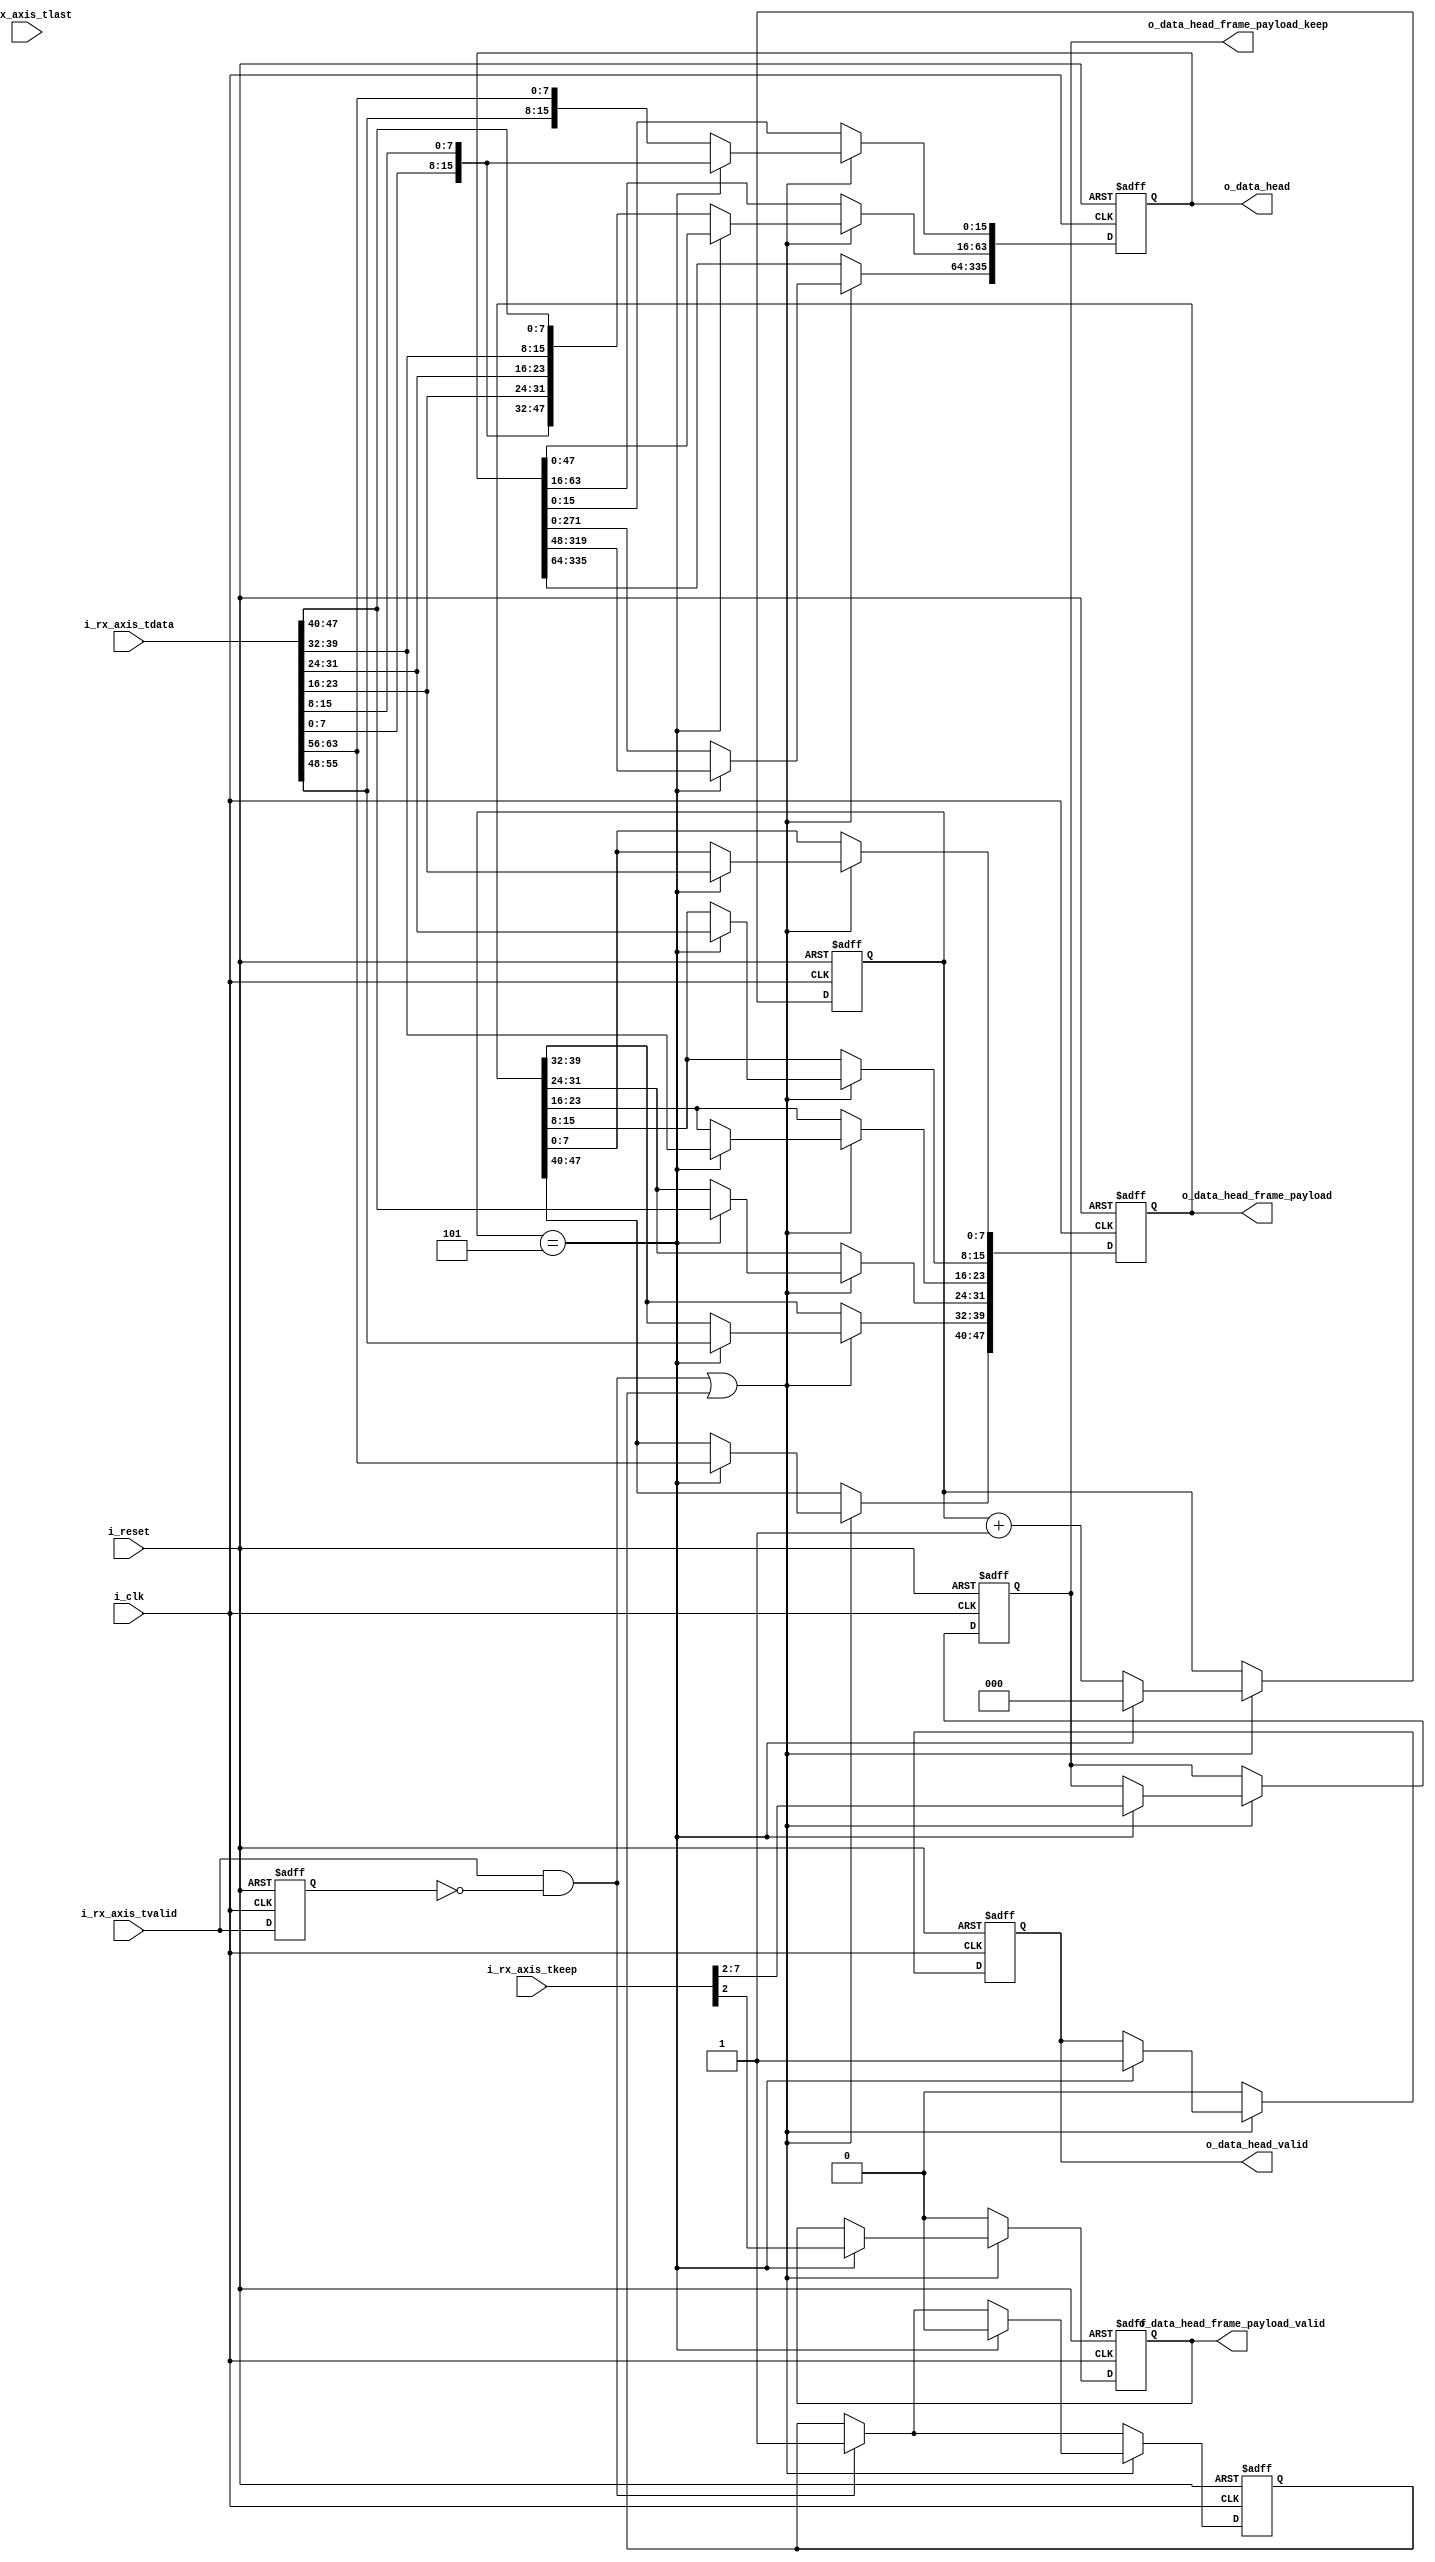
module ethernet_header_receiver(
	input 					i_clk,
	input 					i_reset,
	
	input					i_rx_axis_tvalid,
	input		[63:0] 		i_rx_axis_tdata,
	input					i_rx_axis_tlast, 
	input		[7:0] 		i_rx_axis_tkeep, 
	
	output reg 	[42*8-1:0]	o_data_head,
	output reg 				o_data_head_valid,
	output reg 				o_data_head_frame_payload_valid,
	output reg 	[6*8-1:0]	o_data_head_frame_payload,
	output reg 	[5:0]		o_data_head_frame_payload_keep
);
	reg enable;
	reg rx_axis_tvalid_prev;
	wire rx_axis_tvalid_posedge = i_rx_axis_tvalid && ~rx_axis_tvalid_prev;
	
	reg [2:0] head_counter;
	
	initial begin
		enable				<= 0;
		rx_axis_tvalid_prev	<= 0;
		
		head_counter 					<= 0;
		o_data_head 					<= 0;
		o_data_head_valid 				<= 0;
		o_data_head_frame_payload_valid	<= 0;
		o_data_head_frame_payload		<= 0;
		o_data_head_frame_payload_keep	<= 0;
	end
	
	always @(posedge i_clk, posedge i_reset) begin
		if (i_reset) begin
			enable				<= 0;
			rx_axis_tvalid_prev	<= 0;
			
			head_counter 					<= 0;
			o_data_head 					<= 0;
			o_data_head_valid 				<= 0;
			o_data_head_frame_payload_valid	<= 0;
			o_data_head_frame_payload		<= 0;
			o_data_head_frame_payload_keep	<= 0;
		end else begin
			rx_axis_tvalid_prev <= i_rx_axis_tvalid;
			enable 				<= rx_axis_tvalid_posedge ? 1: enable;
			
			if (rx_axis_tvalid_posedge || enable) begin
				if (head_counter == 3'b101) begin
					head_counter 						<= 0;
					
					enable								<= 0;
					
					o_data_head 						<= o_data_head << 2*8;
					o_data_head[2*8-1:0]				<= {i_rx_axis_tdata[1*8-1:0], 
															i_rx_axis_tdata[2*8-1:1*8]};
					
					o_data_head_valid <= 1;
					
					o_data_head_frame_payload_valid			<= i_rx_axis_tkeep[2];
					o_data_head_frame_payload_keep 			<= i_rx_axis_tkeep[7:2];
					o_data_head_frame_payload[1*8-1:0] 		<= i_rx_axis_tdata[3*8-1:2*8];
					o_data_head_frame_payload[2*8-1:1*8] 	<= i_rx_axis_tdata[4*8-1:3*8];
					o_data_head_frame_payload[3*8-1:2*8] 	<= i_rx_axis_tdata[5*8-1:4*8];
					o_data_head_frame_payload[4*8-1:3*8] 	<= i_rx_axis_tdata[6*8-1:5*8];
					o_data_head_frame_payload[5*8-1:4*8] 	<= i_rx_axis_tdata[7*8-1:6*8];
					o_data_head_frame_payload[6*8-1:5*8] 	<= i_rx_axis_tdata[8*8-1:7*8];
				end else begin
					o_data_head 			<= o_data_head << 8*8;
					o_data_head[8*8-1:0] 	<= {i_rx_axis_tdata[1*8-1:0], 	
												i_rx_axis_tdata[2*8-1:1*8], 
												i_rx_axis_tdata[3*8-1:2*8], 
												i_rx_axis_tdata[4*8-1:3*8], 
												i_rx_axis_tdata[5*8-1:4*8], 
												i_rx_axis_tdata[6*8-1:5*8], 
												i_rx_axis_tdata[7*8-1:6*8], 
												i_rx_axis_tdata[8*8-1:7*8]};
					head_counter 			<= head_counter + 1;
				end
			end else begin
				o_data_head_valid 				<= 0;
				o_data_head_frame_payload_valid	<= 0;
			end
		end
	end
	
endmodule